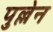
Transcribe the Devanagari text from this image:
पुल्लेन